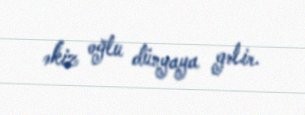
əkiz oğlu dünyaya gəlir.